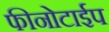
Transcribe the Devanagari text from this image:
फीनोटाईप